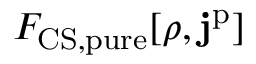
F _ { \mathrm { C S , p u r e } } [ \rho , \mathbf { j } ^ { \mathrm { p } } ]